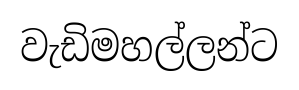
වැඩිමහල්ලන්ට